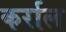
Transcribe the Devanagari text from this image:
कर्राल